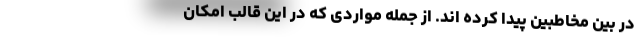
در بین مخاطبین پیدا کرده اند. از جمله مواردی که در این قالب امکان